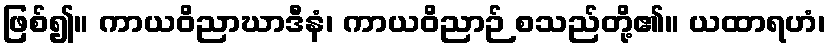
ဖြစ်၍။ ကာယဝိညာဃာဒီနံ၊ ကာယဝိညာဉ် စသည်တို့၏။ ယထာရဟံ၊